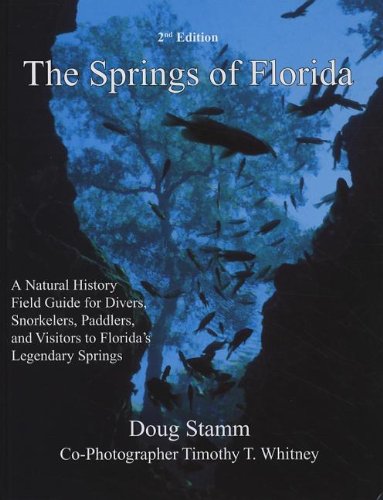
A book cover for The Springs of Florida; Doug Stamm; Travel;